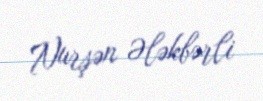
Nurşən Ələkbərli